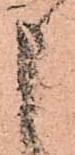
申